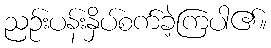
ညဉ်းပန်းနှိပ်စက်ခဲ့ကြပါ၏။